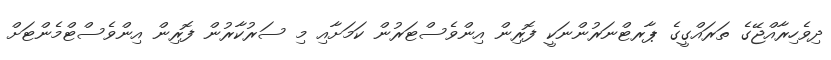
ދިވެހިރާއްޖޭގެ ތަރައްގީގެ ޕާރޓްނަރުންނަކީ ފޮރިން އިންވެސްޓަރުން ކަމަށާއި މި ސަރުކާރުން ފޮރިން އިންވެސްޓްމެންޓަށް